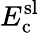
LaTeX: E_{\mathrm{c}}^{\mathrm{sl}}